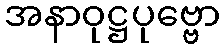
အနာဝုဋ္ဌပုဗ္ဗော